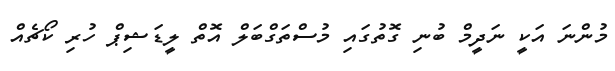
މުންނަ އަކީ ނަދީމް ބުނި ގޮތުގައި މުސްތަގްބަލް އޮތް ލީޑަޝިޕް ހުރި ކޯޗެއް